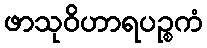
ဖာသုဝိဟာရပဉ္စကံ